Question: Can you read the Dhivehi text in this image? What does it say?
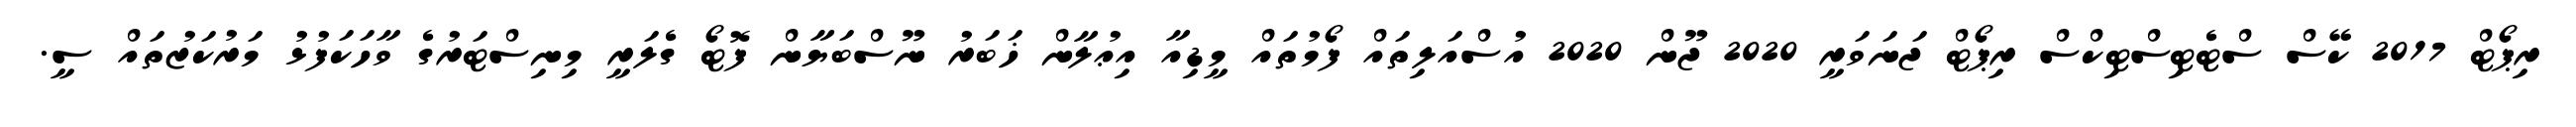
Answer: ރިޕޯޓް 2017 ކޭސް ސްޓެޓިސްޓިކްސް ރިޕޯޓް ޖަނަވަރީ 2020 ޖޫން 2020 އުސްއަލިތައް ފޯމުތައް މީޑިއާ އިޢުލާން ޚަބަރު ނޫސްބަޔާން ފޮޓޯ ގެލަރީ މިނިސްޓަރުގެ ވާހަކަފުޅު މަރުކަޒުތައް ސީ.